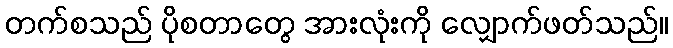
တက်စသည် ပိုစတာတွေ အားလုံးကို လျှောက်ဖတ်သည်။